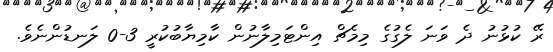
ރޭ ކުޅުނު ދެ ވަނަ ލެގުގެ މިމެޗް އިންޓަމިލާނުން ކާމިޔާބުކުރީ 3-0 ލަނޑުންނެވެ.